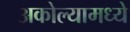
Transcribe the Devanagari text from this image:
अकोल्यामध्ये